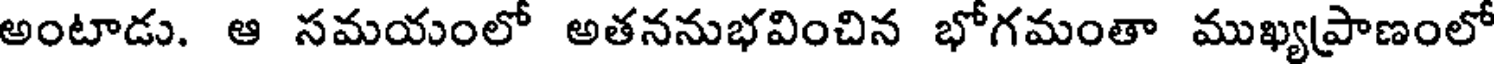
అంటాడు. ఆ సమయంలో అతననుభవించిన భోగమంతా ముఖ్యప్రాణంలో